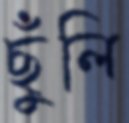
ছুঁলি